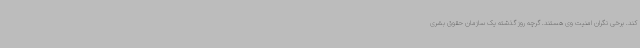
کند. برخی نگران امنیت وی هستند. گرچه روز گذشته یک سازمان حقوق بشری